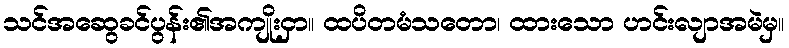
သင်အဆွေခင်ပွန်း၏အကျိုးငှာ။ ထပိတမံသတော၊ ထားသော ဟင်းလျာအမဲမှ။